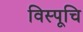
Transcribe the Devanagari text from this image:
विस्पूचि